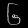
Digit: ၆